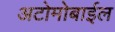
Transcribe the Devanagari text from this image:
अटोमोबाईल